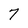
Character: 7